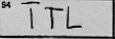
Transcription: TTL